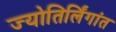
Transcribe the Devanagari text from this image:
ज्योतिर्लिंगांत